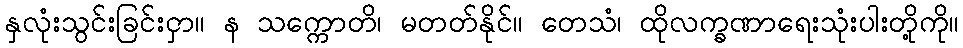
နှလုံးသွင်းခြင်းငှာ။ န သက္ကောတိ၊ မတတ်နိုင်။ တေသံ၊ ထိုလက္ခဏာရေးသုံးပါးတို့ကို။